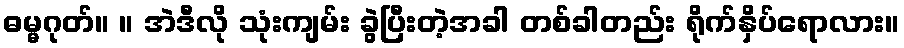
ဓမ္မဂုတ်။ ။ အဲဒီလို သုံးကျမ်း ခွဲပြီးတဲ့အခါ တစ်ခါတည်း ရိုက်နှိပ်ရောလား။